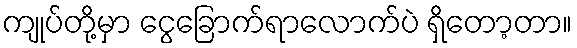
ကျုပ်တို့မှာ ငွေခြောက်ရာလောက်ပဲ ရှိတော့တာ။